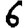
Digit: 6